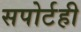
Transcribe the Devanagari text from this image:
सपोर्टही